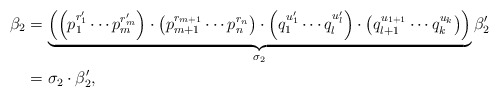
\begin{align*}\beta_{2} &=\underbrace{\left(\left(p_{1}^{r'_{1} } \cdots p_{m}^{r'_{m} } \right)\cdot \left(p_{m+1}^{r_{m+1} } \cdots p_{n}^{r_{n} } \right)\cdot \left(q_{1}^{u'_{1} } \cdots q_{l}^{u'_{l} } \right)\cdot \left(q_{l+1}^{u_{1+1} } \cdots q_{k}^{u_{k} } \right)\right)}_{\sigma_{2} } \beta '_{2}\\& =\sigma_{2} \cdot \beta '_{2},\end{align*}